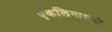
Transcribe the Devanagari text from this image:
एकलिगाश्रयी